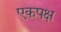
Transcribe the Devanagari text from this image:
एकपक्ष